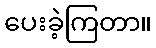
ပေးခဲ့ကြတာ။